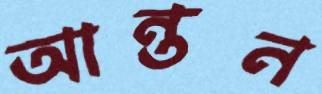
আন্তন